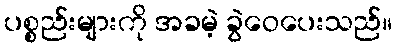
ပစ္စည်းများကို အခမဲ့ ခွဲဝေပေးသည်။